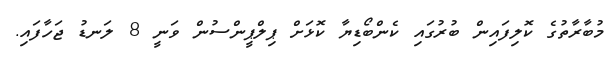
މުބާރާތުގެ ކޮލިފައިން ބުރުގައި ކެންބޯޑިޔާ ކޮޅަށް ޕިލްޕީންސުން ވަނީ 8 ލަނޑު ޖަހާފައި.